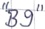
Text: "B9"